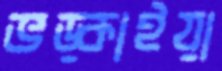
ভড়্‌কাইয়া